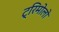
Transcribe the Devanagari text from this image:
ट्रिमोलो